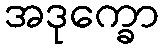
အဒုက္ခော